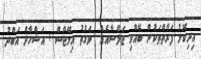
އިދިކޮޅު ފަރާތްތަކުން ބޭއްވި ޖަލްސާއެއް  ވަގުތު އިމޭޖްސް : އަޝްހާދް އަބްދު